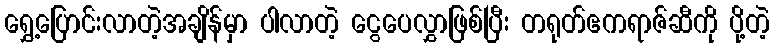
ရွှေ့ပြောင်းလာတဲ့အချိန်မှာ ပါလာတဲ့ ငွေပေလွှာဖြစ်ပြီး တရုတ်ဧကရာဇ်ဆီကို ပို့တဲ့